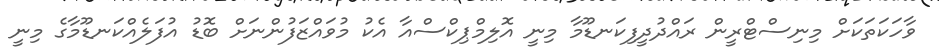
ވާހަކަތަކަށް މިނިސްޓްރީން ރައްދުދީފިކަނޑޫމާ މިނީ އޮލިމްޕިކްސްއާ އެކު މުވައްޒަފުންނަށް ބޮޑު އުފަލެއްކަނޑޫމާގެ މިނީ